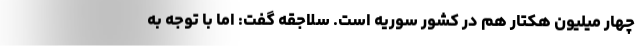
چهار میلیون هکتار هم در کشور سوریه است. سلاجقه گفت: اما با توجه به